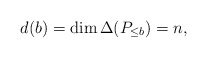
\begin{align*}d(b)=\dim \Delta(P_{\le b}) = n,\end{align*}